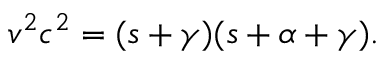
v ^ { 2 } c ^ { 2 } = ( s + \gamma ) ( s + \alpha + \gamma ) .